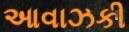
આવાઝકી